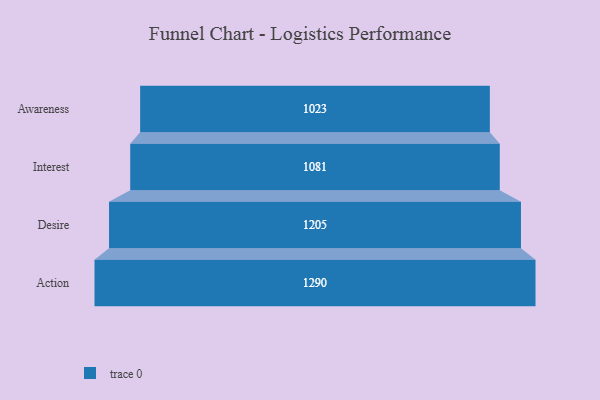
{"axis": {"x": "Stage", "y": "Value"}, "legend": [""], "data": [{"x": "Awareness", "y": 1023.0, "type": ""}, {"x": "Interest", "y": 1081.0, "type": ""}, {"x": "Desire", "y": 1205.0, "type": ""}, {"x": "Action", "y": 1290.0, "type": ""}]}